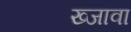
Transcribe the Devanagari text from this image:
ख्जावा